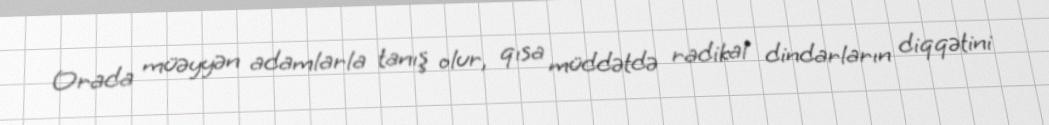
Orada müəyyən adamlarla tanış olur, qısa müddətdə radikal dindarların diqqətini